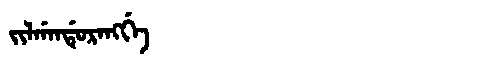
Manchu: ᠵᡳᠯᡤᠠᠨᡩᡠᡵᠠᠩᡤᡝ
Romanization: JILGANDURANGGE